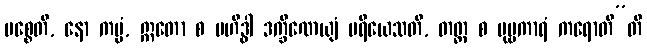
ပစ္စေတိ, နော ကမ္မံ, ဣတော စ ဗဟိဒ္ဓါ ဒက္ခိဏေယျံ ပရိယေသတိ, တတ္ထ စ ပုဗ္ဗကာရံ ကရောတီ”တိ